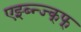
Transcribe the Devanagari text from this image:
एझ्ब्न्ज्क्फ्